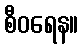
စီဝရေန။